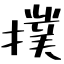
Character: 撲